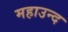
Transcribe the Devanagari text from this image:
महाउन्द